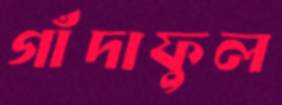
গাঁদাফুল